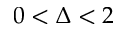
0 < \Delta < 2